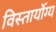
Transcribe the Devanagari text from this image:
विस्तार्योग्य